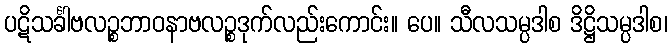
ပဋိသင်္ခါဗလဉ္စဘာဝနာဗလဉ္စဒုက်လည်းကောင်း။ ပေ။ သီလသမ္ပဒါစ ဒိဋ္ဌိသမ္ပဒါစ၊